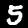
Label: 5